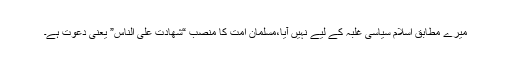
میرے مطابق اسلام سیاسی غلبہ کے لیے نہیں آیا،مسلمان امت کا منصب “شھادت علی الناس” یعنی دعوت ہے۔